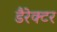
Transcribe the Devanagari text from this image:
डैरेक्टर